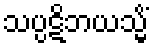
သပ္ပဋိဘယသ္မိံ